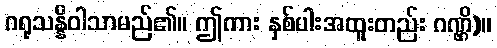
ဂရုသန္နိဝါသာမည်၏။ ဤကား နှစ်ပါးအထူးတည်း ဂဏ္ဌိ)။